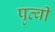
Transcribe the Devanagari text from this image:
पृत्वी